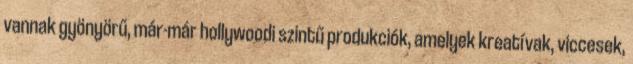
vannak gyönyörű, már-már hollywoodi szintű produkciók, amelyek kreatívak, viccesek,